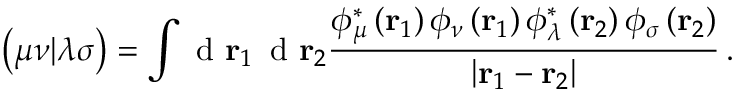
\left( \mu \nu | \lambda \sigma \right) = \int \textrm { d } \mathbf r _ { 1 } \, \textrm { d } \mathbf r _ { 2 } \frac { \phi _ { \mu } ^ { * } \left( \mathbf r _ { 1 } \right) \phi _ { \nu } \left( \mathbf r _ { 1 } \right) \phi _ { \lambda } ^ { * } \left( \mathbf r _ { 2 } \right) \phi _ { \sigma } \left( \mathbf r _ { 2 } \right) } { \left| \mathbf r _ { 1 } - \mathbf r _ { 2 } \right| } \, .